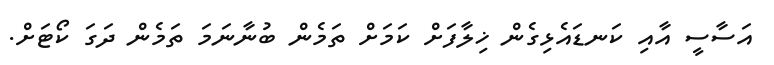
އަސާސީ އާއި ކަނޑައެޅިގެން ޚިލާފަށް ކަމަށް ތަމެން ބުނާނަމަ ތަމެން ދަގަ ކޯޓަށް.